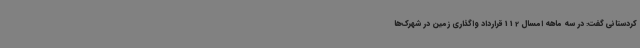
کردستانی گفت: در سه ماهه امسال 112 قرارداد واگذاری زمین در شهرک‌ها